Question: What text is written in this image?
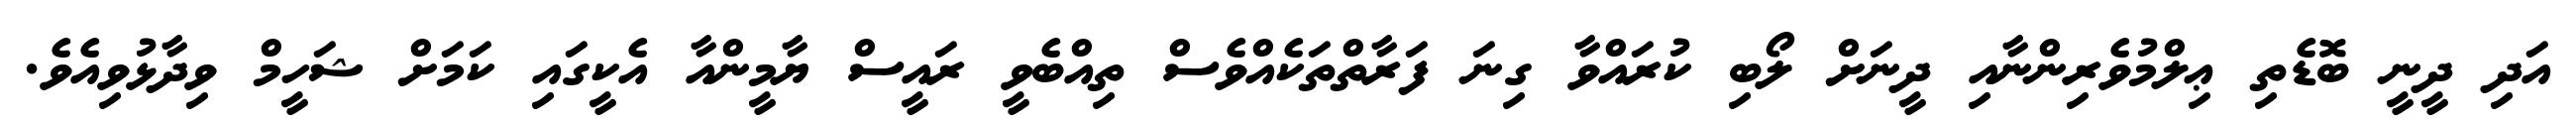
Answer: އަދި ދީނީ ބޮޑެތި ޢިލްމުވެރިންނާއި ދީނަށް ލޯބި ކުރައްވާ ގިނަ ފަރާތްތަކެއްވެސް ތިއްބެވީ ރައީސް ޔާމީންއާ އެކީގައި ކަމަށް ޝަހީމް ވިދާޅުވިއެވެ.